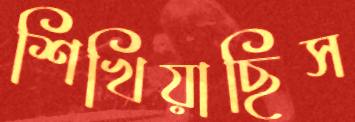
শিখিয়াছিস